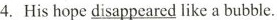
4.His hope \underline{disappeared} like a bubble.